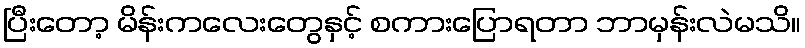
ပြီးတော့ မိန်းကလေးတွေနှင့် စကားပြောရတာ ဘာမှန်းလဲမသိ။